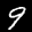
Label: 9